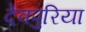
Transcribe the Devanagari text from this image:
देवपुरिया